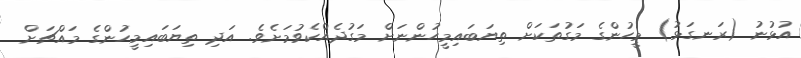
އުޅުނު (ރަނގަޅު) މީހުންގެ މަގުތަކަށް ތިޔަބައިމީހުންނަށް މަގުދެއްކެވުމަށެވެ. އަދި ތިޔަބައިމީހުންގެ މައްޗަށް